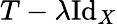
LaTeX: T-\lambda\operatorname{I\mathrm{d}}_{X}